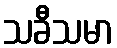
သခီသမာ